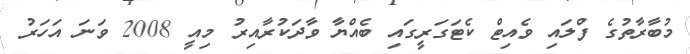
މުބާރާތުގެ ފްލައި ވެއިޓް ކެޓަގަރީގައި ބެއްޔާ ވާދަކުރާއިރު މިއީ 2008 ވަނަ އަހަރު